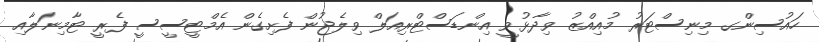
ހައުސިންގ މިނިސްޓަރު މުއިއްޒު ވިދާޅުވީ އިންޑަސްޓްރިއަލް ވިލެޖުން ފެށިގެން އެމްޓީސީސީ ފެރީ ޓާމިނަލާއި